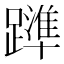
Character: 𨆒